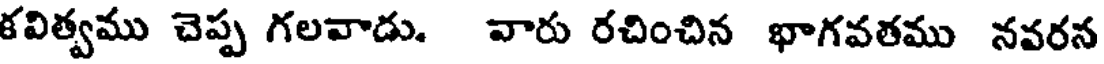
కవిత్వము చెప్ప గలవాడు. వారు రచించిన భాగవతము నవరన